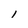
Character: l